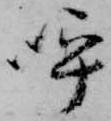
呼